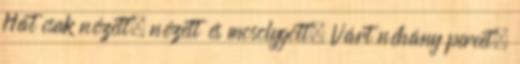
Hát csak nézett, nézett és mosolygott. Várt néhány percet.